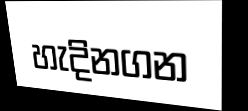
හැදිනගන